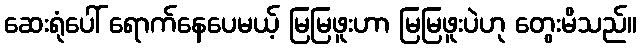
ဆေးရုံပေါ် ရောက်နေပေမယ့် မြမြဖူးဟာ မြမြဖူးပဲဟု တွေးမိသည်။